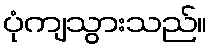
ပုံကျသွားသည်။